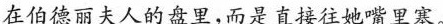
在伯德丽夫人的盘里，而是直接往她嘴里塞。